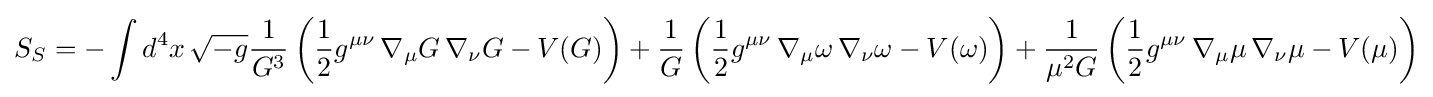
S_{S}=-\int d^{4}x\,{\sqrt {-g}}{\frac {1}{G^{3}}}\left({\frac {1}{2}}g^{\mu \nu }\,\nabla _{\mu }G\,\nabla _{\nu }G-V(G)\right)+{\frac {1}{G}}\left({\frac {1}{2}}g^{\mu \nu }\,\nabla _{\mu }\omega \,\nabla _{\nu }\omega -V(\omega )\right)+{1 \over \mu ^{2}G}\left({\frac {1}{2}}g^{\mu \nu }\,\nabla _{\mu }\mu \,\nabla _{\nu }\mu -V(\mu )\right)